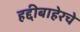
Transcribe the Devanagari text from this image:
हद्दीबाहेरचे